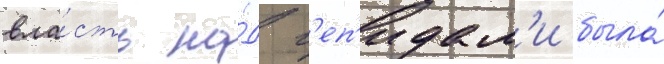
вла́сть на́д г'еп'идам'и была́